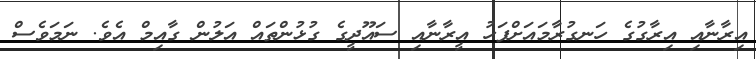
އިރާނާއި އިރާގުގެ ހަނގުރާމައަށްފަހު އީރާނާއި ސައޫދީގެ ގުޅުންތައް އަލުން ގާއިމް އެވެ. ނަމަވެސް